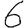
Digit: 6